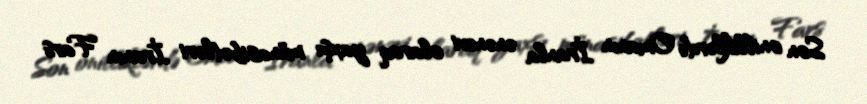
Son onilliklərdə Omanın İranla ənənəvi olaraq yaxşı münasibətləri İranın Fars